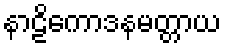
နာဠိကောဒနမတ္တာယ